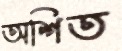
অশিত